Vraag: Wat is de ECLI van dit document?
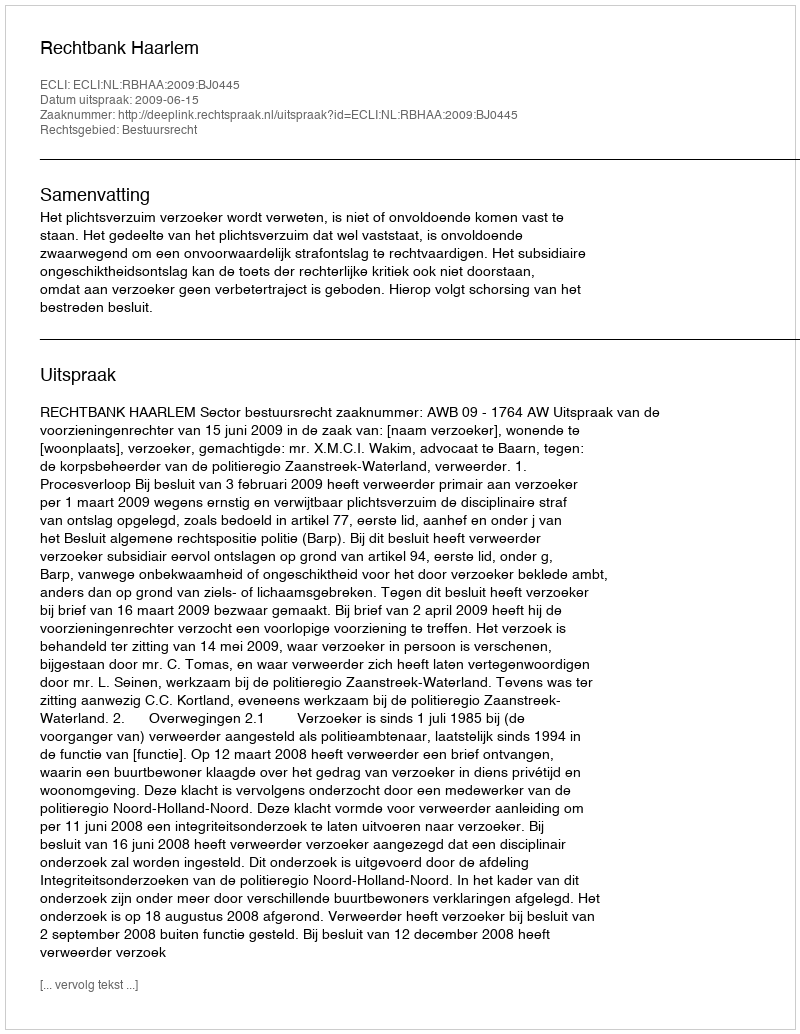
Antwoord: ECLI:NL:RBHAA:2009:BJ0445